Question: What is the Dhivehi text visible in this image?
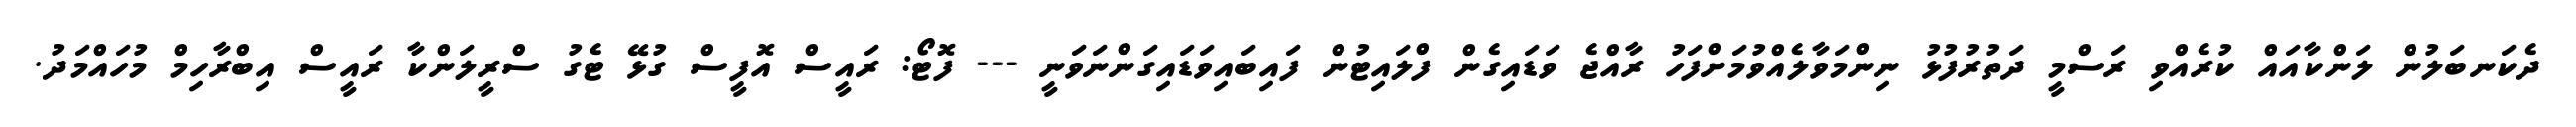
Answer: ދެކަނބަލުން ލަންކާއައް ކުރެއްވި ރަސްމީ ދަތުރުފުޅު ނިންމަވާލެއްވުމަށްފަހު ރާއްޖެ ވަޑައިގެން ފްލައިޓުން ފައިބައިވަޑައިގަންނަވަނީ --- ފޮޓޯ: ރައީސް އޮފީސް ގުޅޭ ޓެގު ސްރީލަންކާ ރައީސް އިބްރާހިމް މުހައްމަދު.